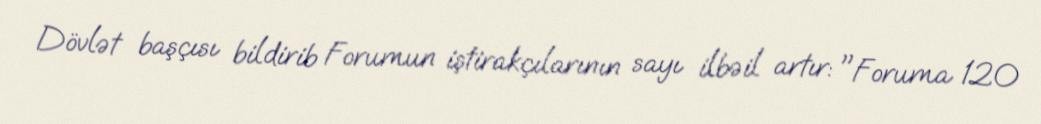
Dövlət başçısı bildirib Forumun iştirakçılarının sayı ilbəil artır: "Foruma 120